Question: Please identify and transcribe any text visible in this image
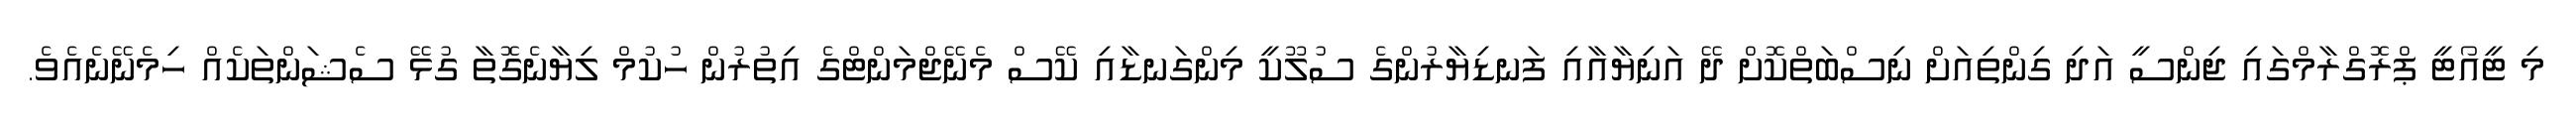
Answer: މި ޓީއޯޓީ ޕްރޮގްރާމްގައި ޖިންސީ އަދި ގިންތިއަށް ނިސްބަތްކޮށް ދޭ އަނިޔާއާއި ފަނޑިޔާރުންގެ ސުލޫކީ މިންގަނޑާއި ކޭސް މެނޭޖްމަންޓްގެ އިތުރުން ހުކުމް ލިޔާނެގޮތާ ގުޅޭ ސެޝަންތަކެއް ހިމެނޭނެއެވެ.